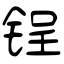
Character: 锃